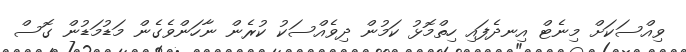
ވިއްސަކަށް މިނެޓް އިނދެފައި ހިތްމޮޅު ކަމުން ދިވެއްސަކު ކުރެން ނާހަންވެގެން މަޑުމަޑުން ގޮސް